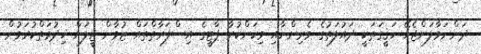
ދަންނަވާލަންޖެހޭ ހަޤީގަތަކީ ދައުލަތުގެ ވެރިންނާއި މިކަންކުރާ ޕާޓީގެ އިސްފަރާތްތައް ޒުވާން ޖީލަށް ޚިދުމަތްކުރަމުން